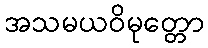
အသမယဝိမုတ္တော